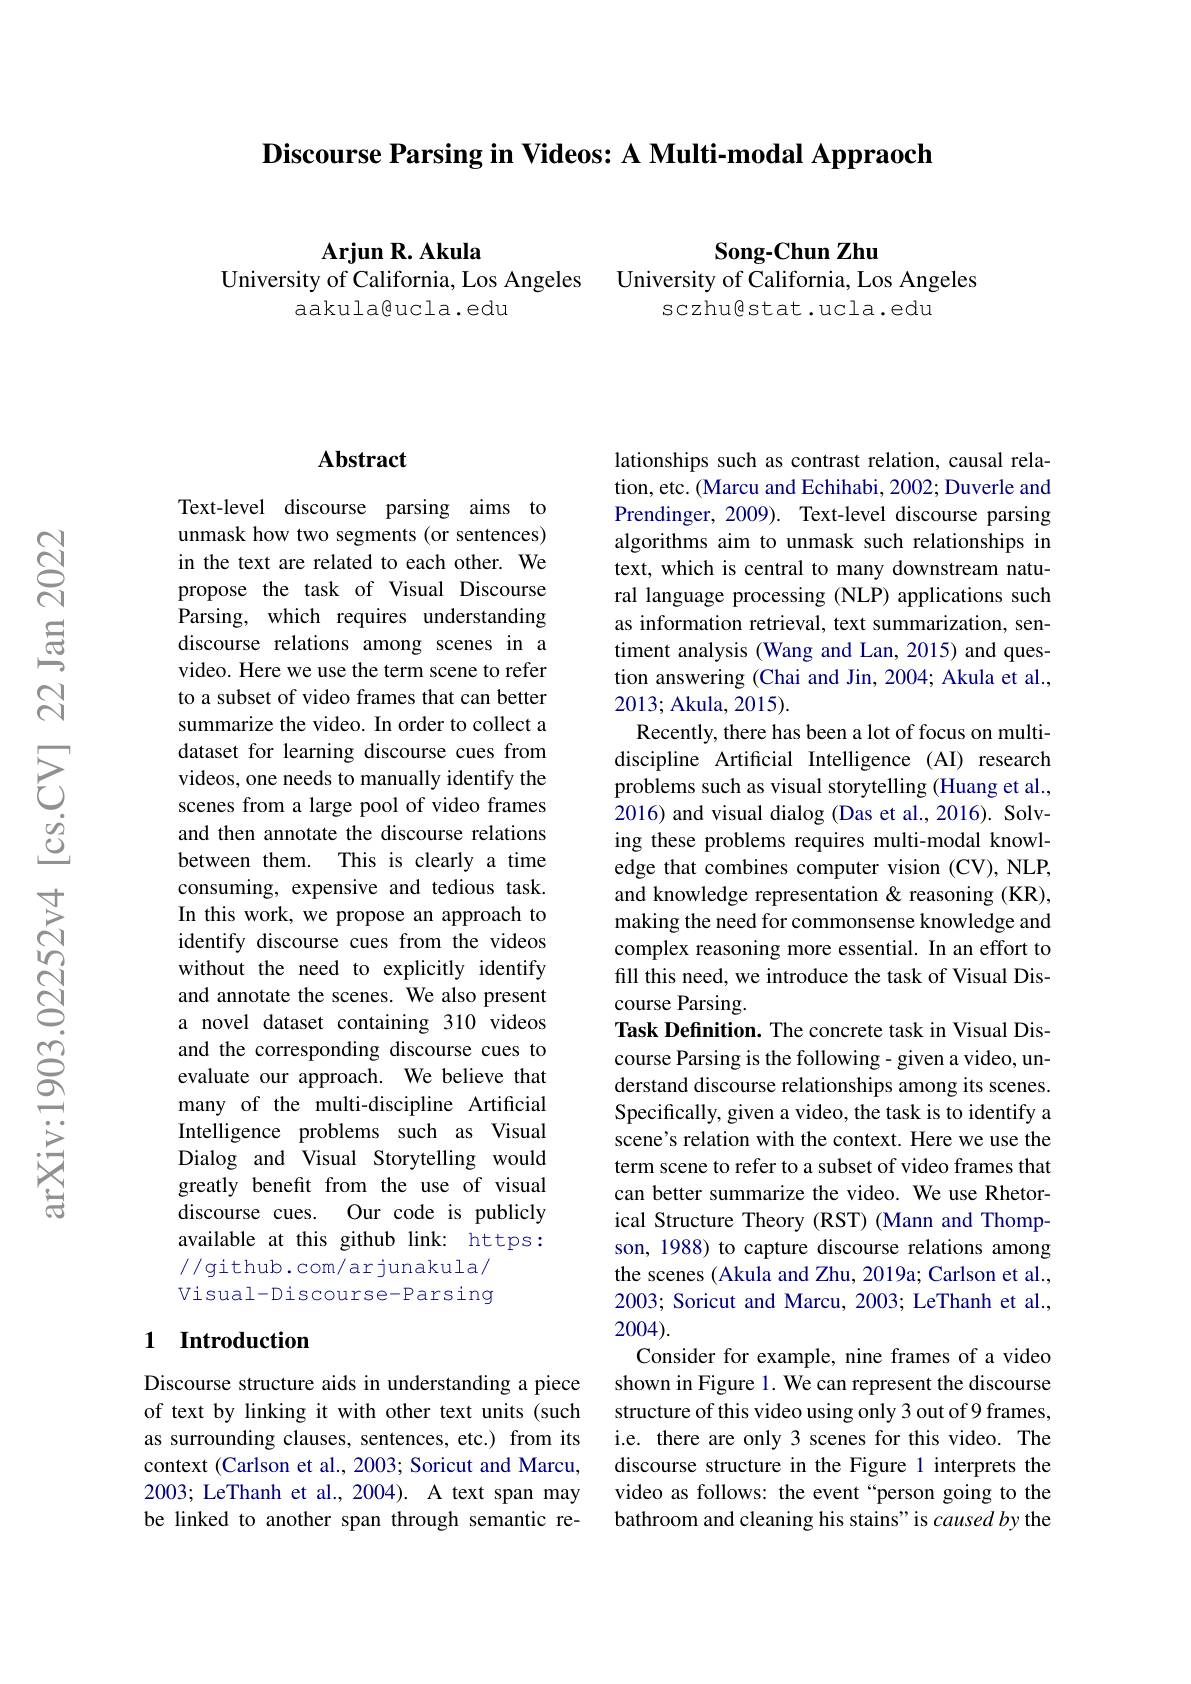
Discourse Parsing in Videos: A Multi-modal Appraoch

Arjun R. Akula
Song-Chun Zhu
University of California, Los Angeles
University of California, Los Angeles
aakula@ucla.edu
sczhugstat.ucla.edu

### Abstract

Text-level discourse parsing aims to unmask how two segments (or sentences) in the text are related to each other. We propose the task of Visual Discourse Parsing, which requires understanding discourse relations among scenes in a video. Here we use the term scene to refer to a subset of video frames that can better summarize the video. In order to collect a dataset for learning discourse cues from videos, one needs to manually identify the scenes from a large pool of video frames and then annotate the discourse relations between them. This is clearly a time consuming, expensive and tedious task. In this work, we propose an approach to identify discourse cues from the videos without the need to explicitly identify and annotate the scenes. We also present a novel dataset containing 310 videos and the corresponding discourse cues to evaluate our approach. We believe that many of the multi-discipline Artificial Intelligence problems such as Visual Dialog and Visual Storytelling would greatly benefit from the use of visual discourse cues. Our code is publicly available at this github link: https: //github.com/arjunakula/ Visual-Discourse-Parsing

## 1 Introduction

Discourse structure aids in understanding a piece of text by linking it with other text units (such as surrounding clauses, sentences, etc.) from its context (Carlson et al., 2003; Soricut and Marcu, 2003; LeThanh et al., 2004). A text span may be linked to another span through semantic re-

lationships such as contrast relation, causal relation, etc. (Marcu and Echihabi, 2002; Duverle and Prendinger, 2009). Text-level discourse parsing algorithms aim to unmask such relationships in text, which is central to many downstream natural language processing (NLP) applications such as information retrieval, text summarization, sentiment analysis (Wang and Lan, 2015) and question answering (Chai and Jin, 2004; Akula et al., 2013; Akula, 2015).
Recently, there has been a lot of focus on multidiscipline Artificial Intelligence (AI) research problems such as visual storytelling (Huang et al., 2016) and visual dialog (Das et al., 2016). Solving these problems requires multi-modal knowledge that combines computer vision (CV), NLP, and knowledge representation & reasoning (KR), making the need for commonsense knowledge and complex reasoning more essential. In an effort to fill this need, we introduce the task of Visual Discourse Parsing.
Task Defnition. The concrete task in Visual Discourse Parsing is the following- given a video, understand discourse relationships among its scenes. Specifically, given a video, the task is to identify a scene's relation with the context. Here we use the term scene to refer to a subset of video frames that can better summarize the video. We use Rhetorical Structure Theory (RST) (Mann and Thompson, 1988) to capture discourse relations among the scenes (Akula and Zhu, 2019a; Carlson et al., 2003; Soricut and Marcu, 2003; LeThanh et al., 2004).
Consider for example, nine frames of a video shown in Figure 1. We can represent the discourse structure of this video using only 3 out of 9 frames, i.e. there are only 3 scenes for this video. The discourse structure in the Figure 1 interprets the video as follows: the event“person going to the bathroom and cleaning his stains" is caused by the